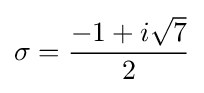
\sigma ={\frac {-1+i{\sqrt {7}}}{2}}